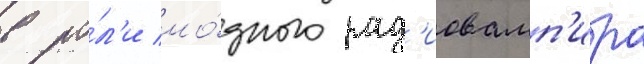
в ро́л'и мо́дного рад'иовамп'ира